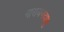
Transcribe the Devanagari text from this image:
नारायणदासु